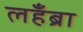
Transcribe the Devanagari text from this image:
लहँब्रा